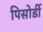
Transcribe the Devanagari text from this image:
पिसोर्डी